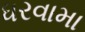
ધરવામા